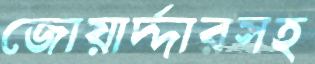
জোয়ার্দ্দারসহ